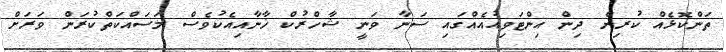
ތަންކޮޅެއް ކުރިން ދިން އިންޓަވިއުއެއްގައި ސަނާ ވަނީ ޝާހްރުކް ޚާނާއިއެކުވެސް މަސައްކަތްކުރަން ވަރަށް